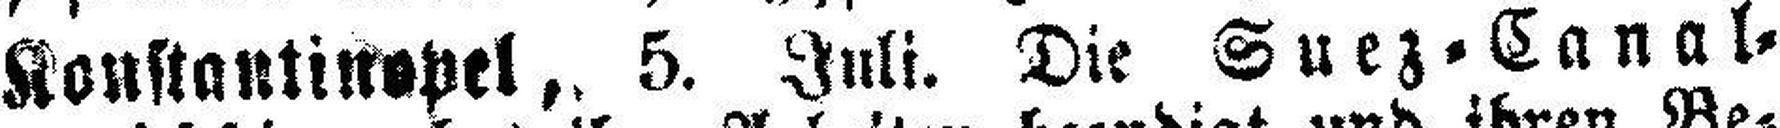
Konstantinopel, 5. Juli. Die Suez=Canal=